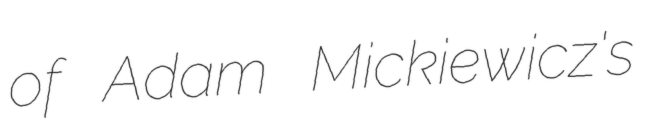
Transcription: of Adam Mickiewicz's